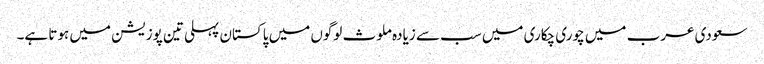
سعودی عرب میں چوری چکاری میں سب سے زیادہ ملوث لوگوں میں پاکستان پہلی تین پوزیشن میں ہوتا ہے۔